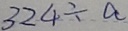
3 2 4 \div a